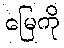
မြေကို